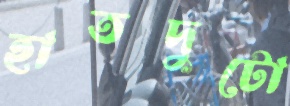
হাতদুটো